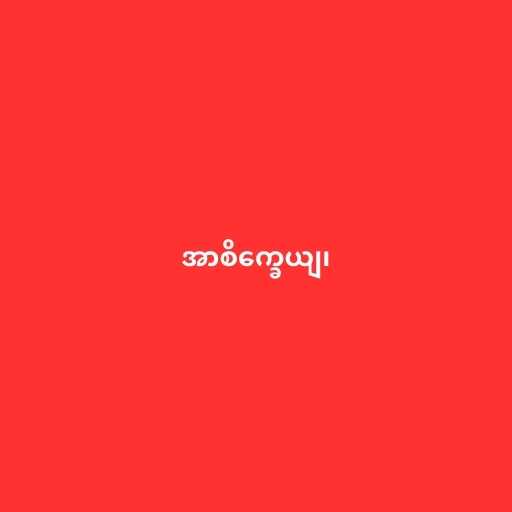
အာစိက္ခေယျ၊